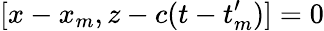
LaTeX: [x-x_{m},z-c(t-t_{m}^{\prime})]=0